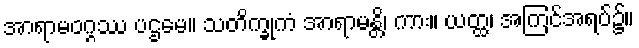
အာရာမဝဂ္ဂဿ ပဌမေ။ သတိက္ခုကံ အာရာမန္တိ၊ ကား။ ယတ္ထ၊ အကြင်အရပ်၌။